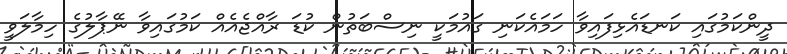
ދީންކަމުގައި ކަނޑައެޅިފައިވާ ހަމައެކަނި ގައުމަކީ ނިސްބަތުން ކުޑަ ރާއްޖެއެއް ކަމުގައިވާ ނޭޕާލުގެ ހިމާލަވީ